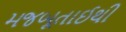
મજબૂતાઈથી